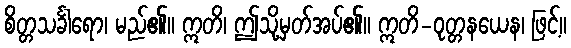
စိတ္တသင်္ခါရော၊ မည်၏။ ဣတိ၊ ဤသို့မှတ်အပ်၏။ ဣတိ-ဝုတ္တနယေန၊ ဖြင့်။